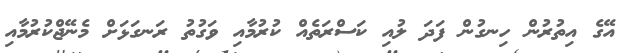
އޭގެ އިތުރުން ހިނގުން ފަދަ ލުއި ކަސްރަތެއް ކުރުމާއި ވަގުތު ރަނގަޅަށް މެނޭޖްކުރުމާއި